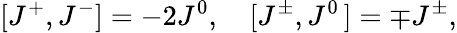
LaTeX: [J^{+},J^{-}]=-2J^{0},\quad[J^{\pm},J^{0}\, ]=\mp J^{\pm},